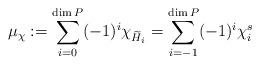
LaTeX: \begin{align*}\mu_\chi:= \sum_{i=0}^{\dim P}(-1)^{i} \chi_{\widetilde{H}_{i}} = \sum_{i=-1}^{\dim P} (-1)^{i} \chi^s_i\end{align*}